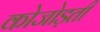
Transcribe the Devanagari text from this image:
कोजोड़ती